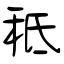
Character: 秪